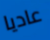
عاديا